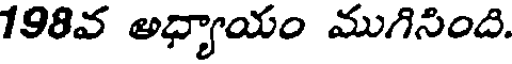
198వ అధ్యాయం ముగిసింది.